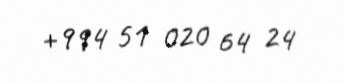
+994 51 020 64 24